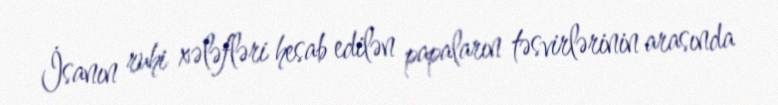
İsanın ruhi xələfləri hesab edilən papaların təsvirlərinin arasında